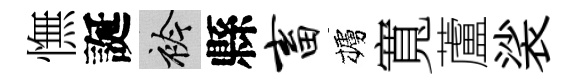
憮誕衿縣畜櫨寬蘆裟